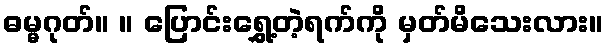
ဓမ္မဂုတ်။ ။ ပြောင်းရွှေ့တဲ့ရက်ကို မှတ်မိသေးလား။